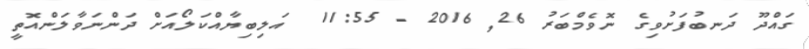
ގައްދޫ ދަނބުފަށުވިގެ ނޮވެމްބަރު 26